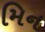
મિન